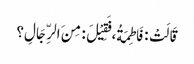
قَالَتْ : فَاطِمَةُ، فَقِیْلَ : مِنَ الرِّجَالِ؟